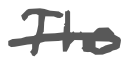
Text: The
Cross-out: single-line
Writing tool: digital_gray